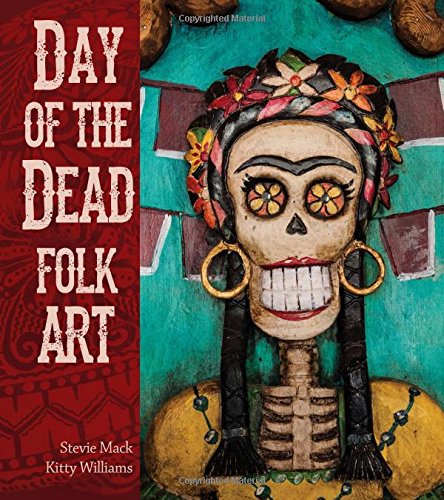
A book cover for Day of the Dead Folk Art; Kitty Williams; Crafts, Hobbies & Home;